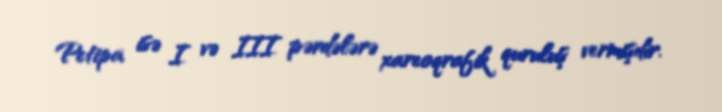
Petipa isə I və III pərdələrə xareoqrafik quruluş vermişdir.